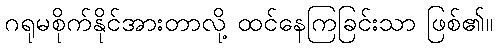
ဂရုမစိုက်နိုင်အားတာလို့ ထင်နေကြခြင်းသာ ဖြစ်၏။